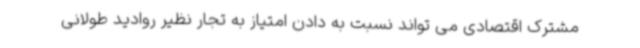
مشترک اقتصادی می تواند نسبت به دادن امتیاز به تجار نظیر روادید طولانی